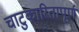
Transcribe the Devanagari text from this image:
चाटुकारितापूर्ण